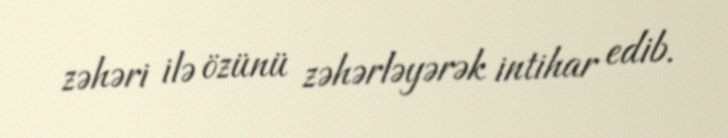
zəhəri ilə özünü zəhərləyərək intihar edib.